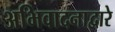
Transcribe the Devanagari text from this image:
अभिवादनाद्वारे